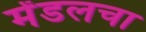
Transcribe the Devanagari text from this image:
मेंडलचा